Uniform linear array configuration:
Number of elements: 16
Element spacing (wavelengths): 0.5
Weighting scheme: hann
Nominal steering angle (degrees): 0
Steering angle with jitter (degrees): -1.233
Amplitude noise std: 0.05
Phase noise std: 0.05

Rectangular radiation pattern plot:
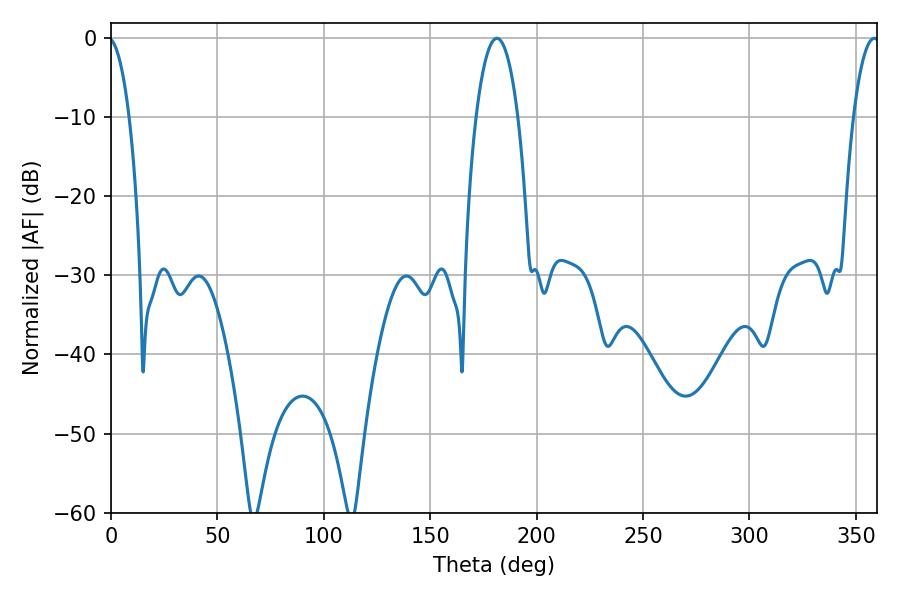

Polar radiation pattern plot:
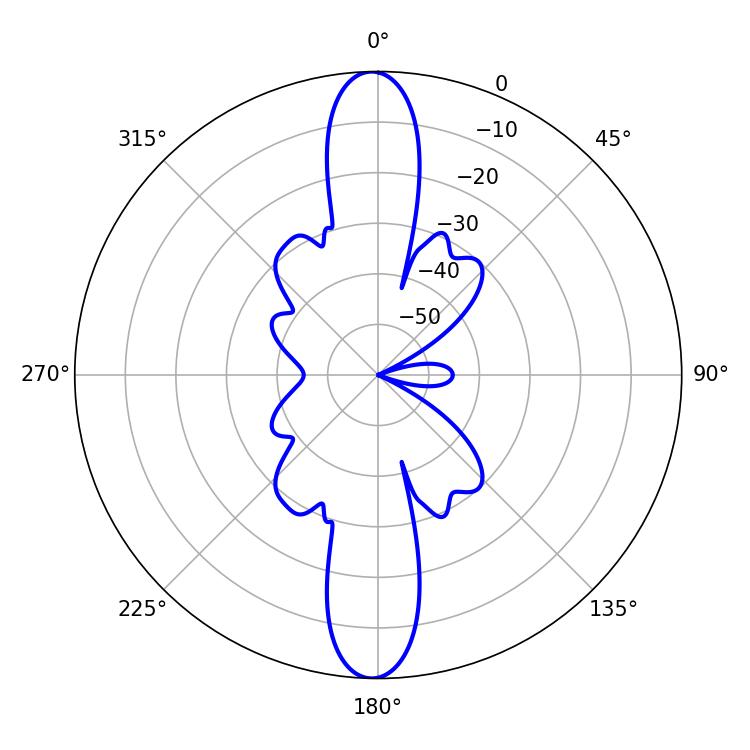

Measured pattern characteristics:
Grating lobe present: FALSE
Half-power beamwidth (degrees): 10.98
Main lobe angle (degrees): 181.26